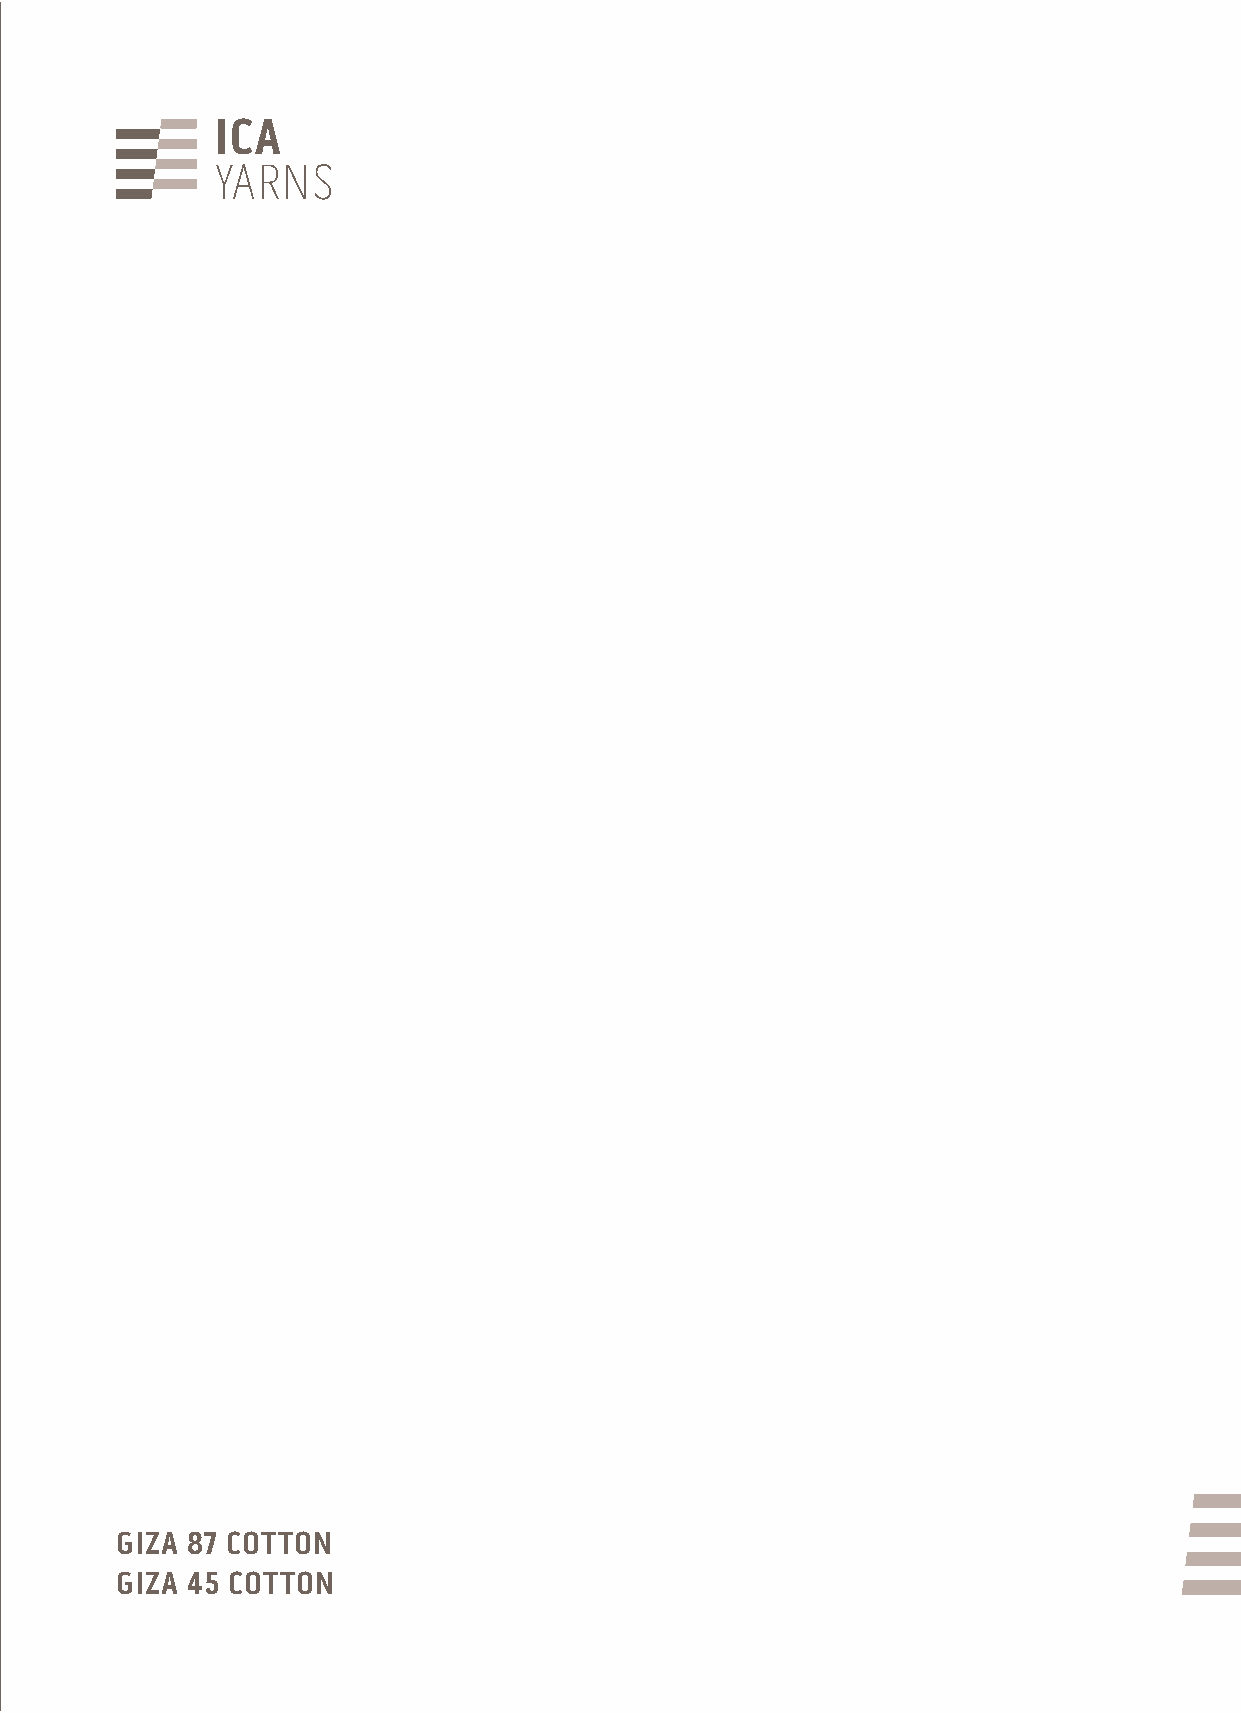
ICOTONIDIALBINI.COM
 ICAYARNS
 A Company of the Albini Group
 ica@albinigroup.com
 Tel. 035 777 111
 Sede operativa
 Via Partigiani, 2D
 24021 Albino (BG)
 Sede legale
 Via Dr. Silvio Albini, 1
 24021 Albino (BG)
 GIZA 87 COTTON
 Free sample with
 GIZA 45 COTTON
 no commercial value
 SNRAYACI
 NOTTOC
 54
 AZIG
 -
 NOTTOC
 78
 AZIG